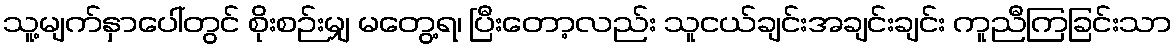
သူ့မျက်နှာပေါ်တွင် စိုးစဉ်းမျှ မတွေ့ရ၊ ပြီးတော့လည်း သူငယ်ချင်းအချင်းချင်း ကူညီကြခြင်းသာ